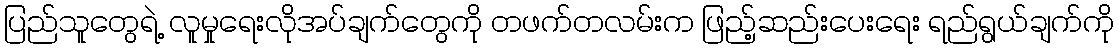
ပြည်သူတွေရဲ့ လူမှုရေးလိုအပ်ချက်တွေကို တဖက်တလမ်းက ဖြည့်ဆည်းပေးရေး ရည်ရွယ်ချက်ကို